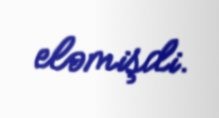
eləmişdi.